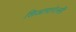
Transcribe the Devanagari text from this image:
शिआपारेल्ली